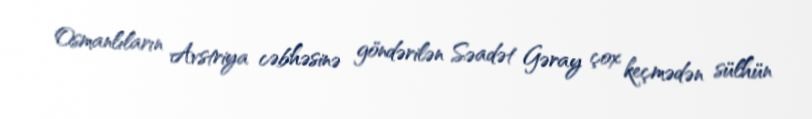
Osmanlıların Avstriya cəbhəsinə göndərilən Səadət Gəray çox keçmədən sülhün